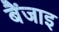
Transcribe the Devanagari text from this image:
बैंजाइ